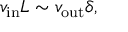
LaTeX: v _ { \mathrm { i n } } L \sim v _ { \mathrm { o u t } } \delta ,